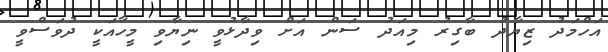
އަހްމަދު ޒިޔާދު ބާގިރު މިއަދު ސަން އަށް ވިދާޅުވީ ނިޔާވި މީހާއަކީ ދުވަސްވީ